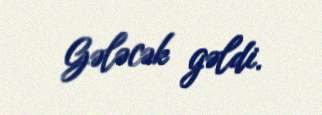
Gələcək gəldi.